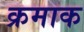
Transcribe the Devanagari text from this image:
क्रमाक